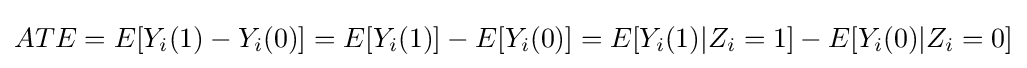
ATE=E[Y_{i}(1)-Y_{i}(0)]=E[Y_{i}(1)]-E[Y_{i}(0)]=E[Y_{i}(1)|Z_{i}=1]-E[Y_{i}(0)|Z_{i}=0]